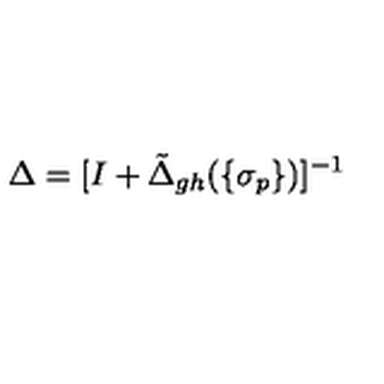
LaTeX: \Delta = [ I + \tilde { \Delta } _ { g h } ( \{ \sigma _ { p } \} ) ] ^ { - 1 }